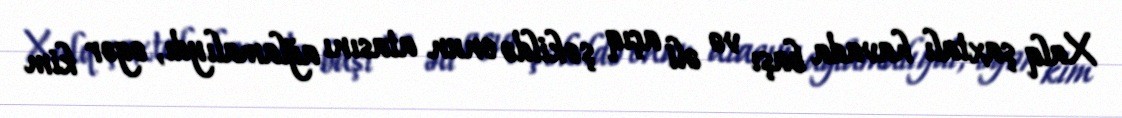
Xalq şaxtalı havada başı və əli açıq şəkildə onun atasını ağlamalıydı, əgər kim